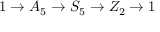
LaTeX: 1 \to A _ { 5 } \to S _ { 5 } \to Z _ { 2 } \to 1